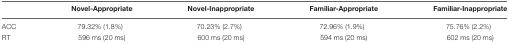
<table><thead><tr><td></td><td><b>Novel-Appropriate</b></td><td><b>Novel-Inappropriate</b></td><td><b>Familiar-Appropriate</b></td><td><b>Familiar-Inappropriate</b></td></tr></thead><tbody><tr><td>ACC</td><td>79.32% (1.8%)</td><td>70.23% (2.7%)</td><td>72.96% (1.9%)</td><td>75.76% (2.2%)</td></tr><tr><td>RT</td><td>596 ms (20 ms)</td><td>600 ms (20 ms)</td><td>594 ms (20 ms)</td><td>602 ms (20 ms)</td></tr></tbody></table>